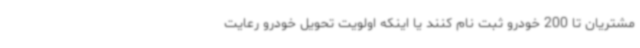
مشتریان تا 200 خودرو ثبت نام کنند یا اینکه اولویت تحویل خودرو رعایت